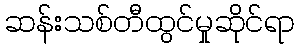
ဆန်းသစ်တီထွင်မှုဆိုင်ရာ